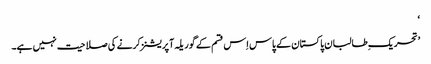
‘
’تحریک ِطالبان پاکستان کے پاس اِس قسم کے گوریلہ آپریشنز کرنے کی صلاحیت نہیں ہے۔